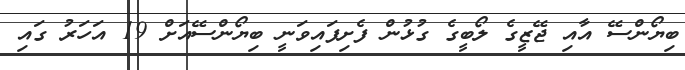
ބިޔޯންސޭ އާއި ޖޭޒީގެ ލޯބީގެ ގުޅުން ފެށިފައިވަނީ ބިޔޯންސޭއަށް 19 އަހަރު ގައި